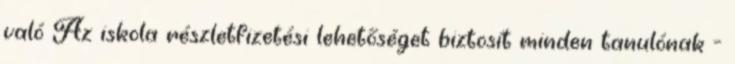
való Az iskola részletfizetési lehetőséget biztosít minden tanulónak -